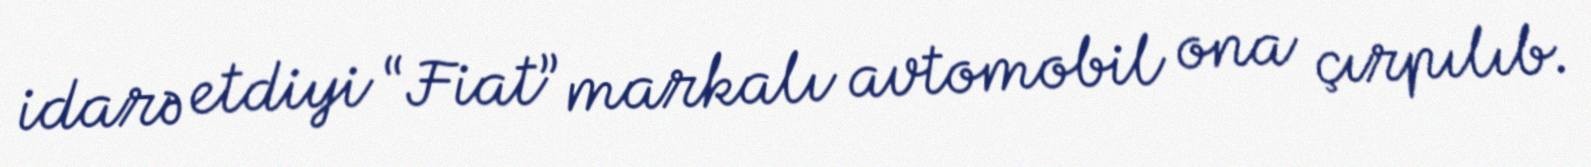
idarə etdiyi “Fiat” markalı avtomobil ona çırpılıb.